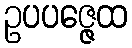
ဥပပဇ္ဇေထ